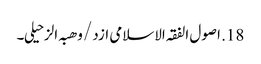
18. اصول الفقہ الاسلامی ازد /وھبہ الزحیلی۔